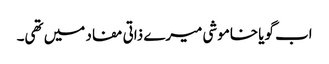
اب گویا خاموشی میرے ذاتی مفاد میں تھی۔